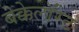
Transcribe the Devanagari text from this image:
बेक्केलॉरेट